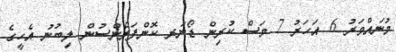
މުނައްވަރު 6 އަހަރު 7 މަސް ކުރިން ޑޯނަރ ކޮންފަރެންސުން ލިބުނު އެހީގެ